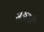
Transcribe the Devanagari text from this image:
सहातरी